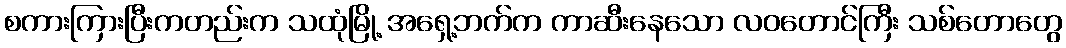
စကားကြားပြီးကတည်းက သထုံမြို့ အရှေ့ဘက်က ကာဆီးနေသော လဝတောင်ကြီး သစ်တောတွေ